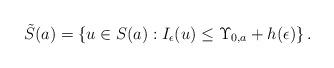
LaTeX: \begin{align*}\tilde{S}(a)=\left\{u \in S(a): I_\epsilon(u) \leq \Upsilon_{0, a}+h(\epsilon)\right\}.\end{align*}